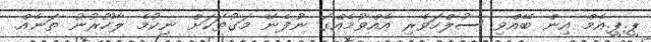
ޕީ.ޕީ.އެމް އިން ބޭއްވި ސުލްހަވެރި އެއްވުމެއްގަ ނުފެނޭ މަގުތަކަށް ނިކުމެ ލާހޫރުނު ތަނެއް.